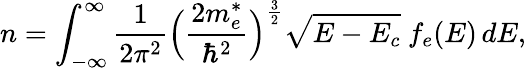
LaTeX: n=\int_{-\infty}^{\infty}\frac{1}{2\pi^{2}}\Big(\frac{2m_{e}^{*}}{\hbar^{2}}\Big)^{\frac{3}{2}}\sqrt{E-E_{c}}~f_{e}(E)\, dE,